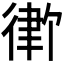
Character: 𪫓